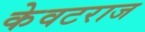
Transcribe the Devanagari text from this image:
केवटराज